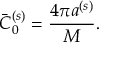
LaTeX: \bar { C } _ { 0 } ^ { ( s ) } = \frac { 4 \pi a ^ { ( s ) } } { M } .